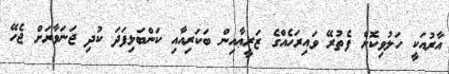
އާރުއަކީ ހަލުވިކޮށް ފެތުރޭ ވައިރަހެއްގެ ޒަރީޢާއިން ބަކަރިއާއި ކަންބަޅިފަދަ ކުދި ޖަނަވާރަށް ޖެހޭ